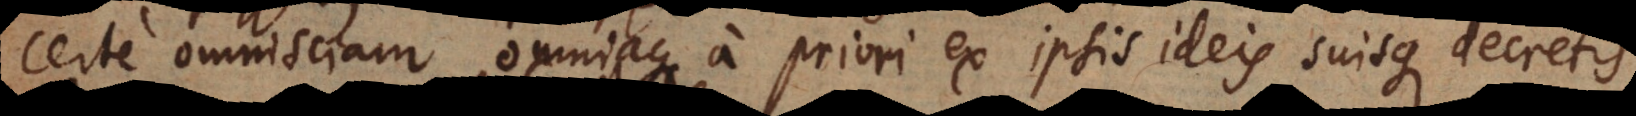
certe omnisciam, omniaque a priori ex ipsis ideis suisque decretis